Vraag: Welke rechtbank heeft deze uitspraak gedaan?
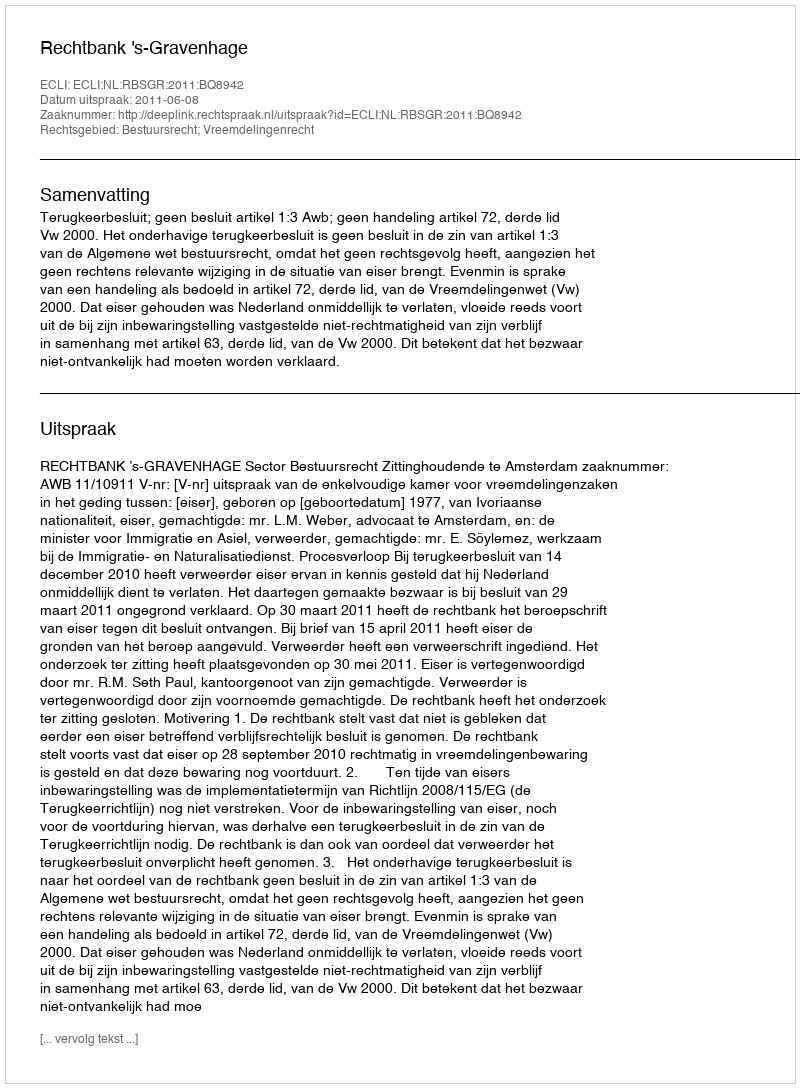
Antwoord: Rechtbank 's-Gravenhage